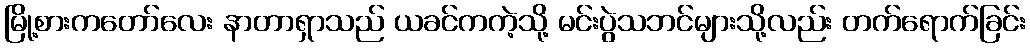
မြို့စားကတော်လေး နာတာရှာသည် ယခင်ကကဲ့သို့ မင်းပွဲသဘင်များသို့လည်း တက်ရောက်ခြင်း